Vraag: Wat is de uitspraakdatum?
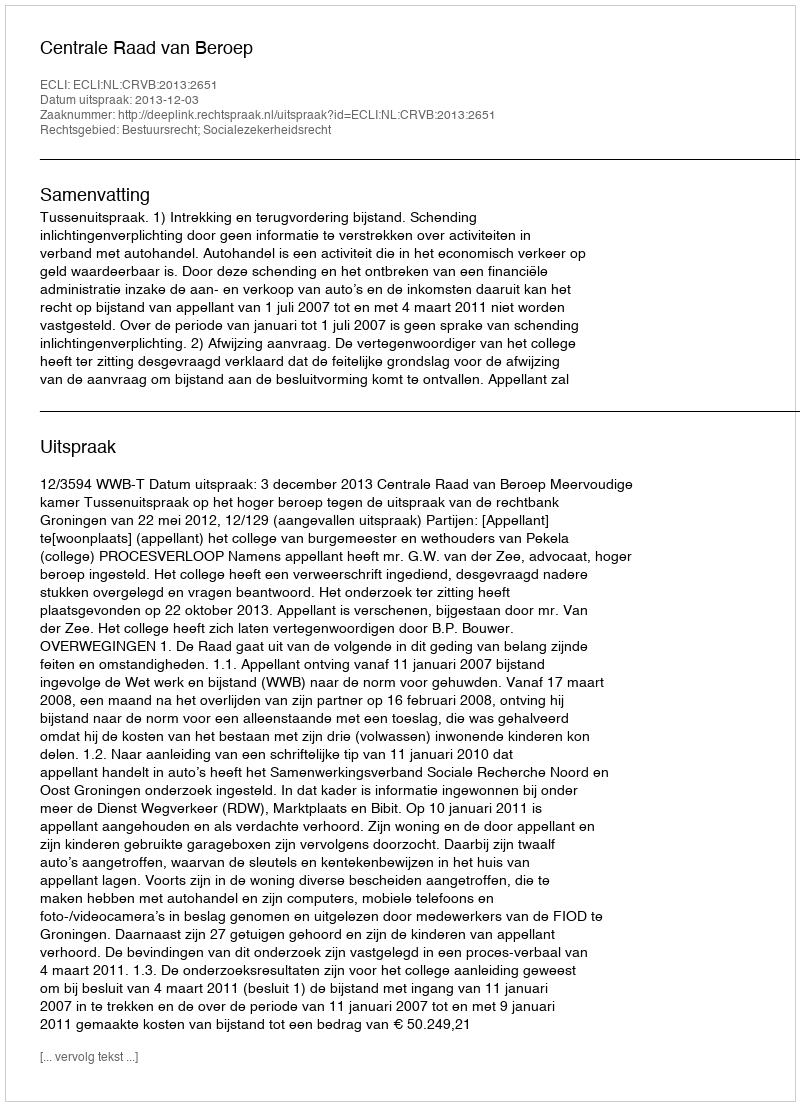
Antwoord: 2013-12-03